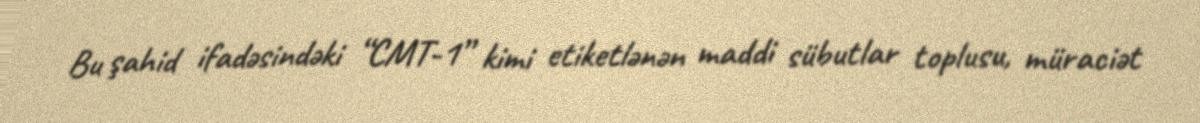
Bu şahid ifadəsindəki “CMT-1” kimi etiketlənən maddi sübutlar toplusu, müraciət